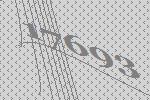
17693